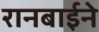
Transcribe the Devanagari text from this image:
रानबाईने